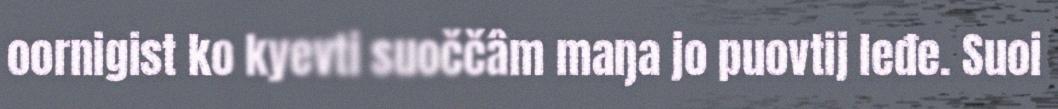
oornigist ko kyevti suoččâm maŋa jo puovtij leđe. Suoi